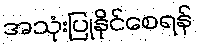
အသုံးပြုနိုင်စေရန်